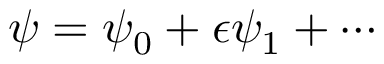
\psi = \psi _ { 0 } + \epsilon \psi _ { 1 } + \cdots